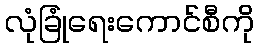
လုံခြုံရေးကောင်စီကို